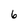
Character: 6